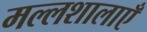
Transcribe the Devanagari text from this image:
मल्लशालाएँ